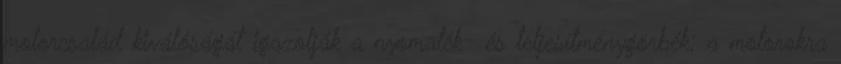
motorcsalád kiválóságát igazolják a nyomaték- és teljesítménygörbék; a motorokra